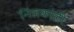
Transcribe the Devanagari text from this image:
निलकांती